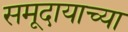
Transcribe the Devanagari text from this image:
समूदायाच्या